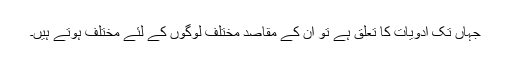
جہاں تک ادویات کا تعلق ہے تو ان کے مقاصد مختلف لوگوں کے لئے مختلف ہوتے ہیں۔